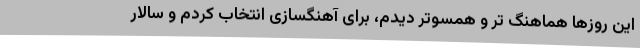
این روزها هماهنگ تر و همسوتر دیدم، برای آهنگسازی انتخاب کردم و سالار